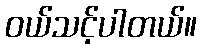
ဝယ်သင့်ပါတယ်။